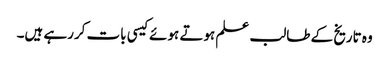
وہ تاریخ کے طالب علم ہوتے ہوئے کیسی بات کررہے ہیں۔